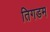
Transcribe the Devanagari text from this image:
तिगडम